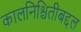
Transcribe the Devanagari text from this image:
कालनिश्चितीबद्दल